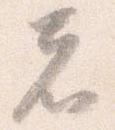
者